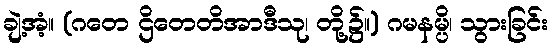
ချဲ့အံ့။ (ဂတေ ဌိတေတိအာဒီသု၊ တို့၌။) ဂမနမ္ပိ၊ သွားခြင်း